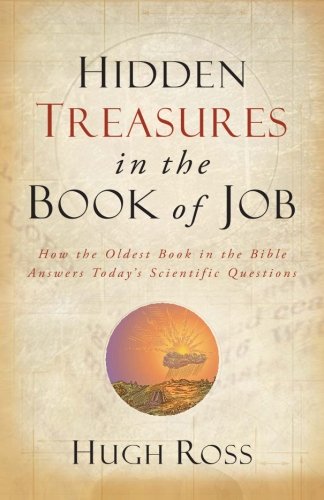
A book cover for Hidden Treasures in the Book of Job: How the Oldest Book in the Bible Answers Today's Scientific Questions (Reasons to Believe); Hugh Ross; Christian Books & Bibles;